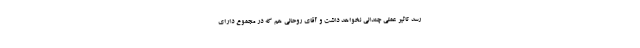
رسد تاثیر عملی چندانی نخواهد داشت و آقای روحانی هم که در مجموع دارای